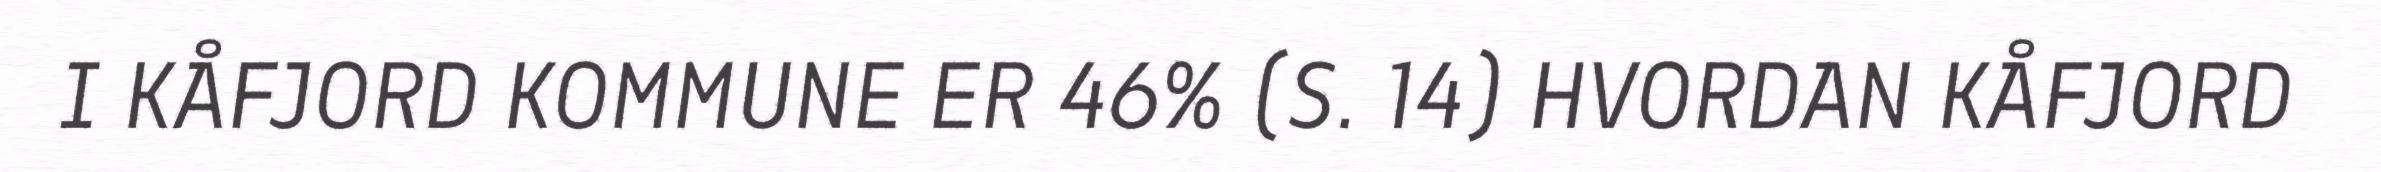
I KÅFJORD KOMMUNE ER 46% (S. 14) HVORDAN KÅFJORD